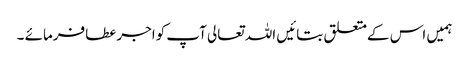
ہمیں اس کےمتعلق بتائیں اللہ تعالی آپ کواجرعطافرمائے ۔